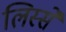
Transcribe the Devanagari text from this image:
लिस्सें